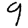
Digit: 9